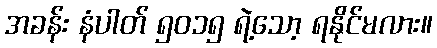
အခန်း နံပါတ် ၅၀၁၅ ရဲ့သော့ ရနိုင်မလား။